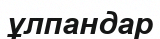
ұлпандар